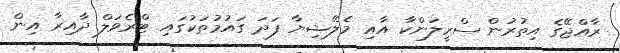
ރާއްޖޭގެ އިތުރުން ސްރީލަންކާ އާއި މެލޭޝިޔާ ފަދަ ގައުމުތަކުގައި ޓްރެވަލް ދާއިރާ އިން